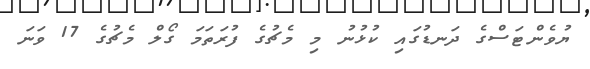
ޔުވެންޓަސްގެ ދަނޑުގައި ކުޅުނު މި މެޗުގެ ފުރަތަމަ ގޯލް މެޗުގެ 17 ވަނަ